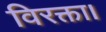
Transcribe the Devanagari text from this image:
विरक्ता।